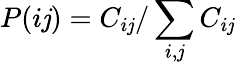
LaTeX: P(i\mathit{j})=C_{i\mathit{j}}/\sum_{i,\mathit{j}}C_{i\mathit{j}}